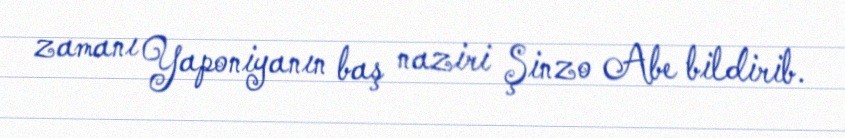
zamanı Yaponiyanın baş naziri Şinzo Abe bildirib.